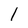
Character: l